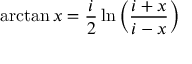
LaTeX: \arctan x = { \frac { i } { 2 } } \ln \left( { \frac { i + x } { i - x } } \right)